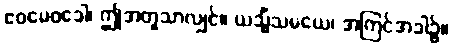
ဧဝမေဝခေါ၊ ဤအတူသာလျှင်။ ယသ္မိံသမယေ၊ အကြင်အခါ၌။